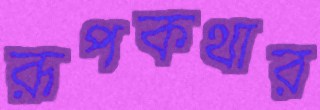
রূপকথার